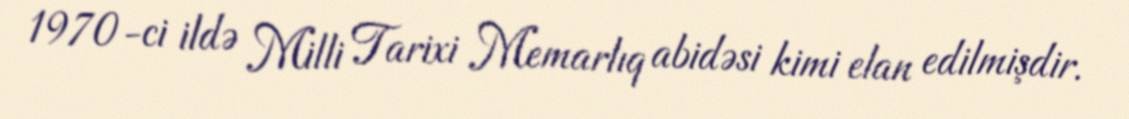
1970-ci ildə Milli Tarixi Memarlıq abidəsi kimi elan edilmişdir.